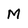
Character: M